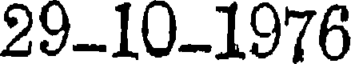
29-10-1976